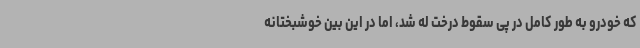
که خودرو به طور کامل در پی سقوط درخت له شد، اما در این بین خوشبختانه